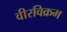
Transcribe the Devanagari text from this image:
वीरविक्रम